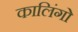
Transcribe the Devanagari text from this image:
कालिंगो